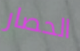
الحصار